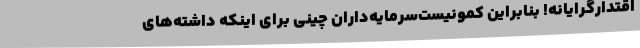
اقتدارگرایانه! بنابراین کمونیست‌سرمایه‌داران چینی برای اینکه داشته‌های